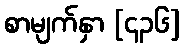
စာမျက်နှာ [၄၃၆]